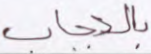
بالحجاب